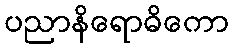
ပညာနိရောဓိကော